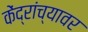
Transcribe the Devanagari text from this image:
केंद्रांच्यावर